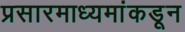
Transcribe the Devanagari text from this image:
प्रसारमाध्यमांकडून